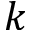
k